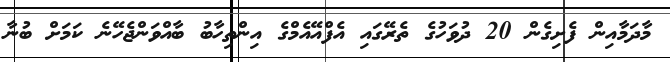
މާދަމާއިން ފެށިގެން 20 ދުވަހުގެ ތެރޭގައި އެފްއޭއެމްގެ އިންތިހާބު ބާއްވަންޖެހޭނެ ކަމަށް ބުނާ